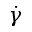
\dot { \gamma }